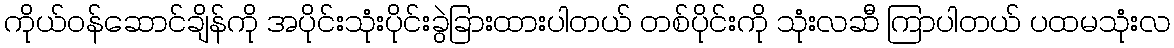
ကိုယ်ဝန်ဆောင်ချိန်ကို အပိုင်းသုံးပိုင်းခွဲခြားထားပါတယ် တစ်ပိုင်းကို သုံးလဆီ ကြာပါတယ် ပထမသုံးလ